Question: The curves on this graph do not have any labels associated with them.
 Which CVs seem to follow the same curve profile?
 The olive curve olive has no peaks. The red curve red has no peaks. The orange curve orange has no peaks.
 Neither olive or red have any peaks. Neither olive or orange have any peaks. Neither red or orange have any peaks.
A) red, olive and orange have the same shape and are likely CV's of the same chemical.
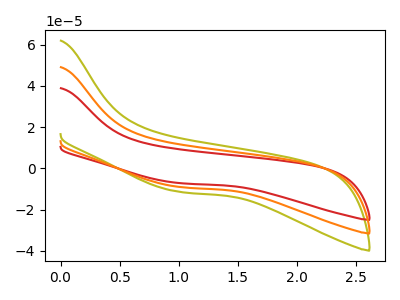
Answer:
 <answer>A) "red", "olive" and "orange" have the same shape and are likely CV's of the same chemical.</answer>
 <eval>A</eval>